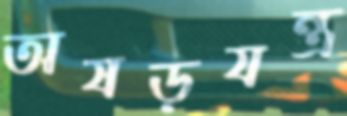
অষড়যন্ত্র